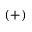
( + )